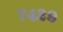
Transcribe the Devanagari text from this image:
७४२९